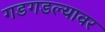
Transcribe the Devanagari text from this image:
गडगडल्यावर